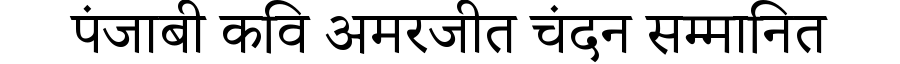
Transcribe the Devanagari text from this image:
पंजाबी कवि अमरजीत चंदन सम्मानित